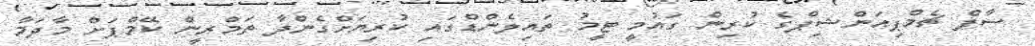
ސާފް ޗެމްޕިއަންޝިޕްގެ ކުރިން ގައުމީ ޓީމު ތައިލެންޑްގައި ކުރިޔަށްގެންދާ ތަމްރީން ކޭމްޕަށް މާދަމާ